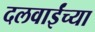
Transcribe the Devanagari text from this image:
दलवाईंच्या